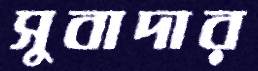
সুবাদার